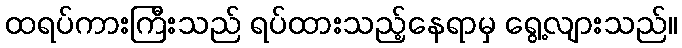
ထရပ်ကားကြီးသည် ရပ်ထားသည့်နေရာမှ ရွေ့လျားသည်။